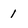
Character: 1